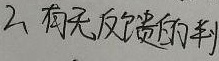
2、有无反馈的利